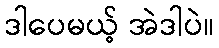
ဒါပေမယ့် အဲဒါပဲ။